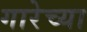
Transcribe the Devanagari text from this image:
गारेच्या